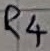
Text: R4